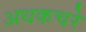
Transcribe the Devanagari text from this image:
अधकचरे